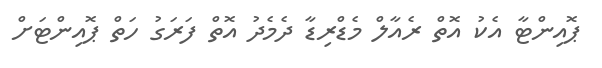
ޕޮއިންޓާ އެކު އޮތް ރެއާލް މެޑްރިޑާ ދެމެދު އޮތް ފަރަގު ހަތް ޕޮއިންޓަށް